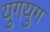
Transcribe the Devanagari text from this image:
युगयुग